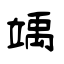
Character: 竬